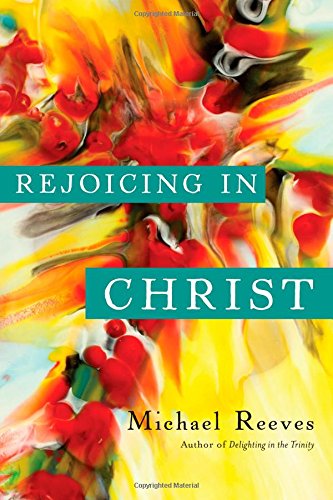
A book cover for Rejoicing in Christ; Michael Reeves; Christian Books & Bibles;